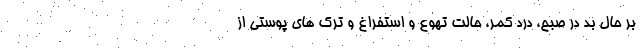
بر حال بد در صبح، درد کمر، حالت تهوع و استفراغ و ترک های پوستی از